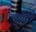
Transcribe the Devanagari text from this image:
कांहींमध्ये